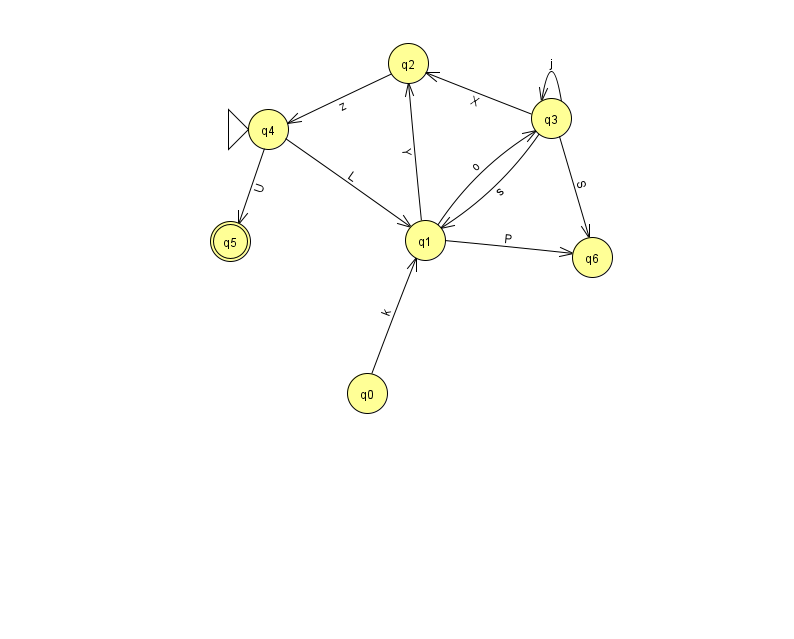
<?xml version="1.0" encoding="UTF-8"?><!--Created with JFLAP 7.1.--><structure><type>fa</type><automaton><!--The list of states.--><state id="0" name="q0"><x>367.0</x><y>380.0</y></state><state id="1" name="q1"><x>425.0</x><y>227.0</y></state><state id="2" name="q2"><x>408.0</x><y>50.0</y></state><state id="3" name="q3"><x>551.0</x><y>105.0</y></state><state id="4" name="q4"><x>268.0</x><y>116.0</y><initial/></state><state id="5" name="q5"><x>230.0</x><y>228.0</y><final/></state><state id="6" name="q6"><x>592.0</x><y>244.0</y></state><!--The list of transitions.--><transition><from>1</from><to>3</to><read>o</read></transition><transition><from>2</from><to>4</to><read>z</read></transition><transition><from>3</from><to>2</to><read>X</read></transition><transition><from>4</from><to>1</to><read>L</read></transition><transition><from>3</from><to>6</to><read>S</read></transition><transition><from>4</from><to>5</to><read>U</read></transition><transition><from>0</from><to>1</to><read>k</read></transition><transition><from>3</from><to>3</to><read>j</read></transition><transition><from>3</from><to>1</to><read>s</read></transition><transition><from>1</from><to>2</to><read>Y</read></transition><transition><from>1</from><to>6</to><read>P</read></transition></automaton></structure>